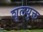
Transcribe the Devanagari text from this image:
शूलयुक्त